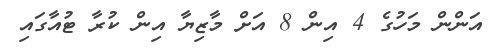
އަންން މަހުގެ 4 އިން 8 އަށް މާޒިޔާ އިން ކުރާ ޓުއާގައި